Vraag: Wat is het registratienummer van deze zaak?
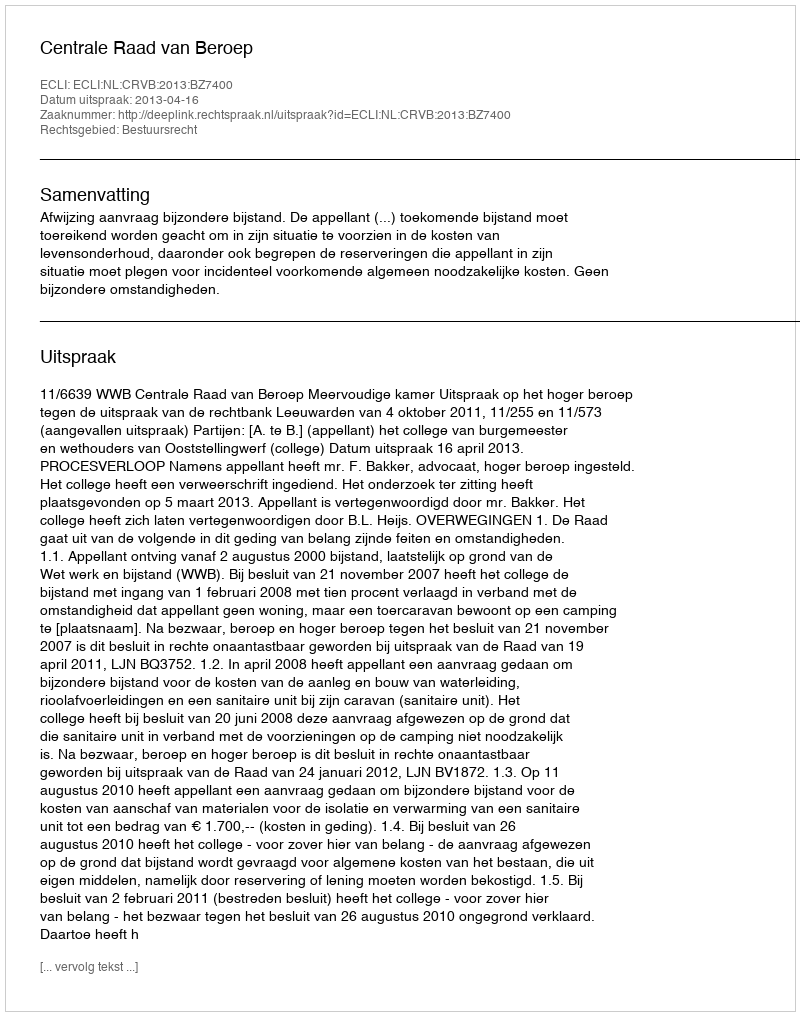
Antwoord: http://deeplink.rechtspraak.nl/uitspraak?id=ECLI:NL:CRVB:2013:BZ7400